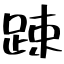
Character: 踈